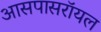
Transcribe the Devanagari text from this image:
आसपासरॉयल